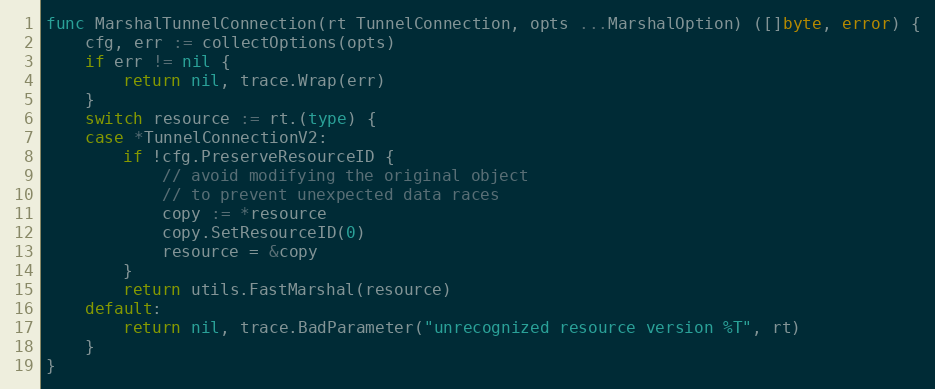
Language: Go
func MarshalTunnelConnection(rt TunnelConnection, opts ...MarshalOption) ([]byte, error) {
	cfg, err := collectOptions(opts)
	if err != nil {
		return nil, trace.Wrap(err)
	}
	switch resource := rt.(type) {
	case *TunnelConnectionV2:
		if !cfg.PreserveResourceID {
			// avoid modifying the original object
			// to prevent unexpected data races
			copy := *resource
			copy.SetResourceID(0)
			resource = &copy
		}
		return utils.FastMarshal(resource)
	default:
		return nil, trace.BadParameter("unrecognized resource version %T", rt)
	}
}